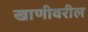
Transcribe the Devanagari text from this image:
खाणीवरील